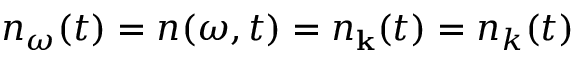
n _ { \omega } ( t ) = n ( \omega , t ) = n _ { \bf k } ( t ) = n _ { k } ( t )